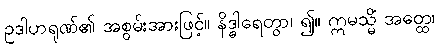
ဥဒါဟရုဏ်၏ အစွမ်းအားဖြင့်။ နိဒ္ဓါရေတွာ၊ ၍။ ဣမသ္မိံ အတ္ထေ၊